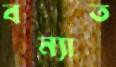
বন্যাত